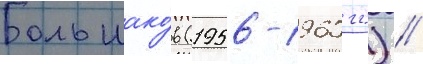
Большако́в (1956-1960 гг.) //